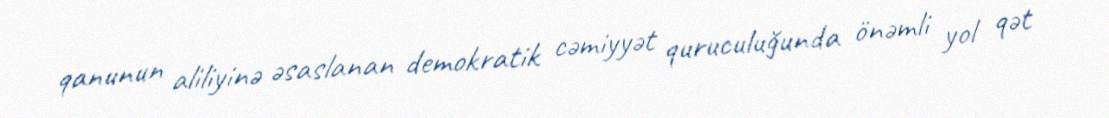
qanunun aliliyinə əsaslanan demokratik cəmiyyət quruculuğunda önəmli yol qət